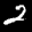
Label: 2